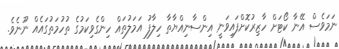
ނަމަވެސް އޭނާ ކޯޓަށް ހާޒިރުކޮށްފައިވަނީ އިންސާނިއްޔާތާ ހިލާފު އަމަލުތައް ހިންގެވިކަމުގެ ތުހުމަތުގައެއް ނޫނެވެ.